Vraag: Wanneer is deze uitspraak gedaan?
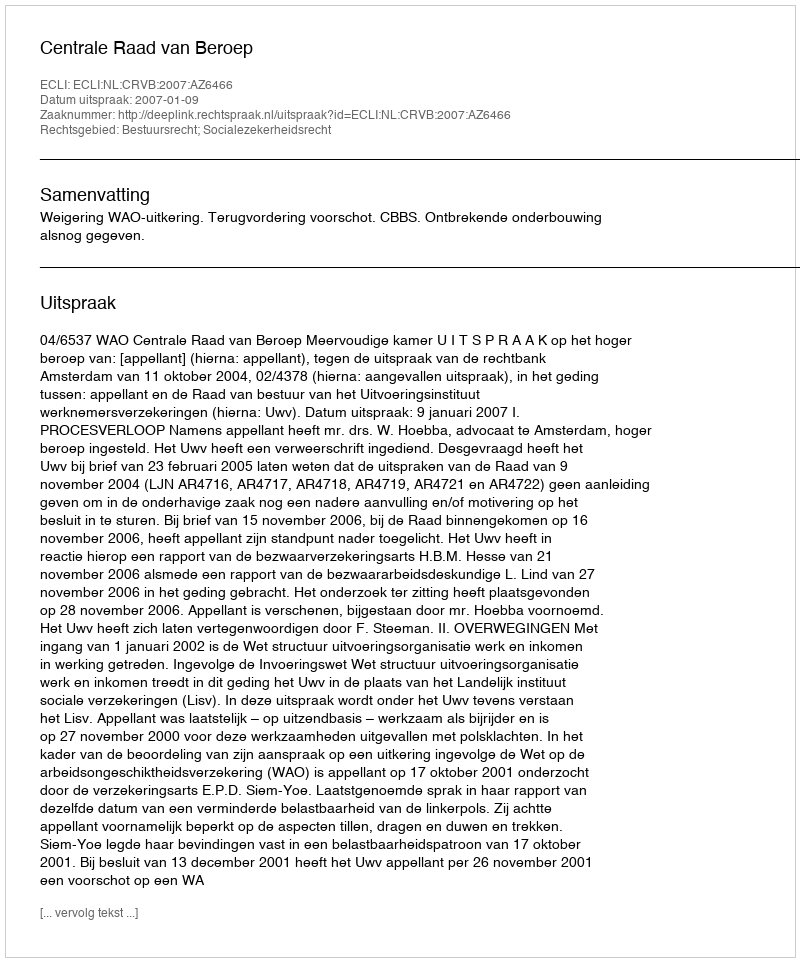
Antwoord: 2007-01-09